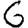
Digit: 6